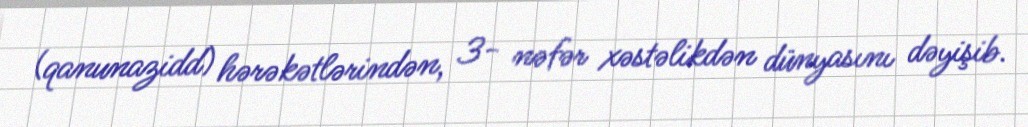
(qanunazidd) hərəkətlərindən, 3- nəfər xəstəlikdən dünyasını dəyişib.